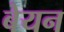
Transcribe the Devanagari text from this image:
बेयन